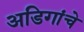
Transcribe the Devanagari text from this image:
अडिगांचे